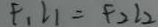
F _ { 1 } L _ { 1 } = F _ { 2 } l 2